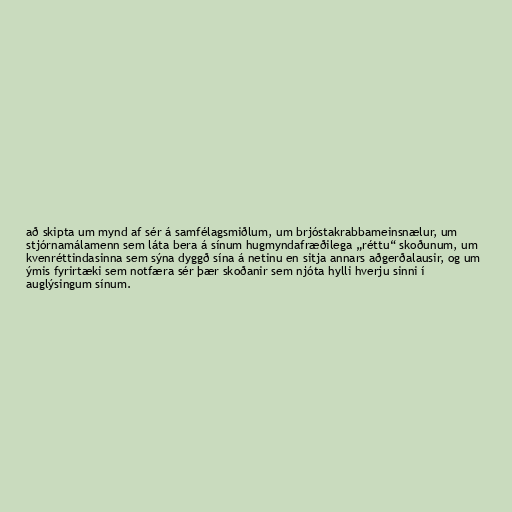
að skipta um mynd af sér á samfélagsmiðlum, um brjóstakrabbameinsnælur, um
stjórnamálamenn sem láta bera á sínum hugmyndafræðilega „réttu“ skoðunum, um
kvenréttindasinna sem sýna dyggð sína á netinu en sitja annars aðgerðalausir, og um
ýmis fyrirtæki sem notfæra sér þær skoðanir sem njóta hylli hverju sinni í
auglýsingum sínum.